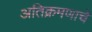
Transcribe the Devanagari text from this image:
अतिक्रमणाचे